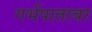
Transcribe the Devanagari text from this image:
गर्भपातावर